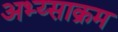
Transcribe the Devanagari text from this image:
अभ्य्साक्रम